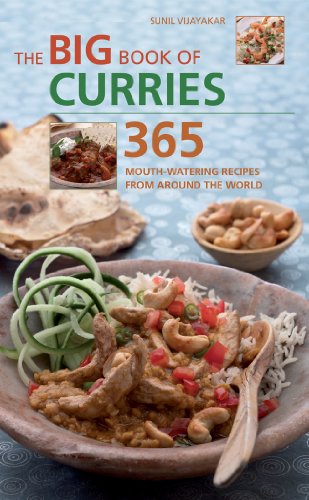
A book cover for The Big Book of Curries: 365 Mouth-Watering Recipes from Around the World; Sunil Vijayakar; Cookbooks, Food & Wine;